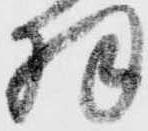
羽